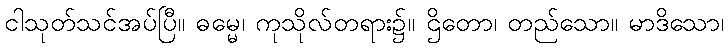
ငါသုတ်သင်အပ်ပြီ။ ဓမ္မေ၊ ကုသိုလ်တရား၌။ ဌိတော၊ တည်သော။ မာဒိသော၊